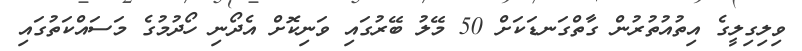
ވިލިގިލީގެ އިތުއުތުރުން ގާތްގަނޑަކަށް 50 މޭލު ބޭރުގައި ވަނިކޮށް އެދޯނި ހޯދުމުގެ މަސައްކަތުގައި